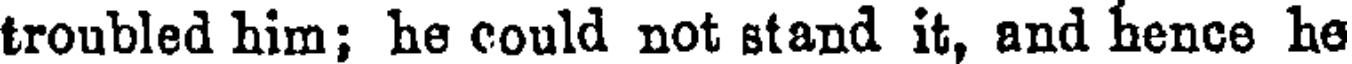
troubled him; he could not stand it, and hence he